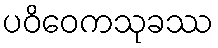
ပဝိဝေကသုခဿ